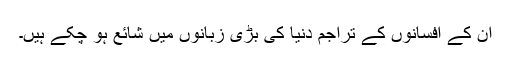
ان کے افسانوں کے تراجم دنیا کی بڑی زبانوں میں شائع ہو چکے ہیں۔